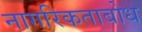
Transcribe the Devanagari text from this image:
नागरिकताबोध